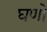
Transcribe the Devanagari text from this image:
घणो